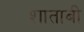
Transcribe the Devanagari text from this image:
शाताबी